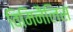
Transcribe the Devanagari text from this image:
विमिनैलिस